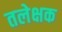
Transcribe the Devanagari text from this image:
तलेक्षक